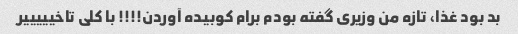
بد بود غذا، تازه من وزیری گفته بودم برام کوبیده آوردن!!!! با کلی تاخیییییر